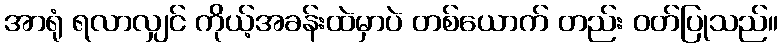
အာရုံ ရလာလျှင် ကိုယ့်အခန်းထဲမှာပဲ တစ်ယောက် တည်း ဝတ်ပြုသည်။